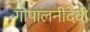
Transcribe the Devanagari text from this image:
गोपालनीदेवी